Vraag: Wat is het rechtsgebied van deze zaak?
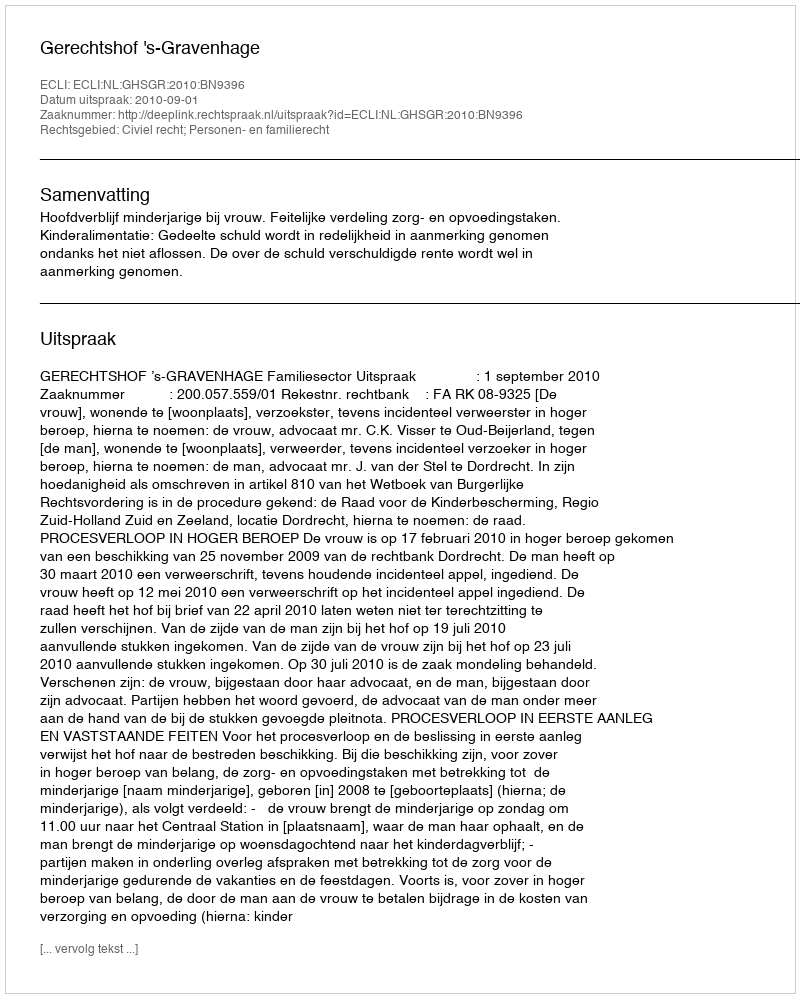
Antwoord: Civiel recht; Personen- en familierecht